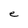
Character: e